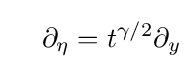
\quad \partial _{\eta }=t^{\gamma /2}\partial _{y}